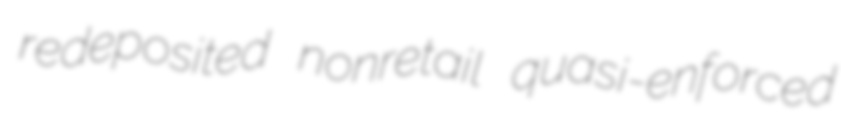
redeposited nonretail quasi-enforced